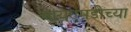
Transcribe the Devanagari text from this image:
आयएमडीच्या